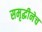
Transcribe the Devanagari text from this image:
समृद्धीनेच